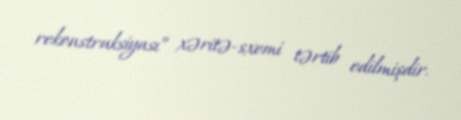
rekonstruksiyası” xəritə-sxemi tərtib edilmişdir.